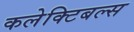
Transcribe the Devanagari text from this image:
कलेक्टिबल्स